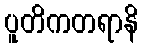
ပူတိကတရာနိ